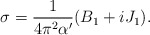
\begin{align*}\sigma = \frac1{4\pi^2\alpha^\prime}(B_1+iJ_1).\end{align*}